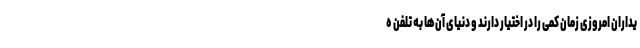
یداران امروزی زمان کمی را در اختیار دارند و دنیای آن‌ها به تلفن ه